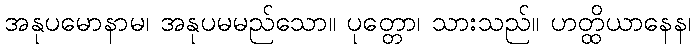
အနုပမောနာမ၊ အနုပမမည်သော။ ပုတ္တော၊ သားသည်။ ဟတ္ထိယာနေန၊